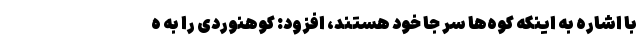
با اشاره به اینکه کوه‌ها سر جا خود هستند، افزود: کوهنوردی را به ه